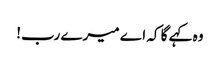
وہ کہے گا کہ اے میرے رب!